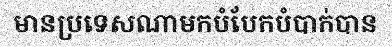
មានប្រទេសណាមកបំបែកបំបាក់បាន